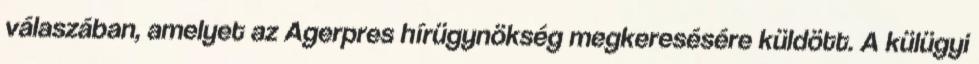
válaszában, amelyet az Agerpres hírügynökség megkeresésére küldött. A külügyi